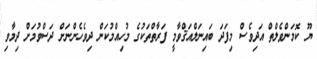
ޔޫ ކޮމަންވެލްތް އަދިވެސް މިފަދަ ބައިނަލްއަޤްވާމީ ފަރާތްތަކުގެ މުހިއްމުކަން ދިވެހެންނަށް ދަސްވުމަށް ދިމާވި